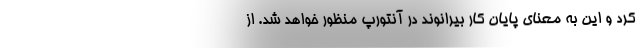
کرد و این به معنای پایان کار بیرانوند در آنتورپ منظور خواهد شد. از